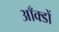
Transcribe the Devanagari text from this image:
आँक्डों